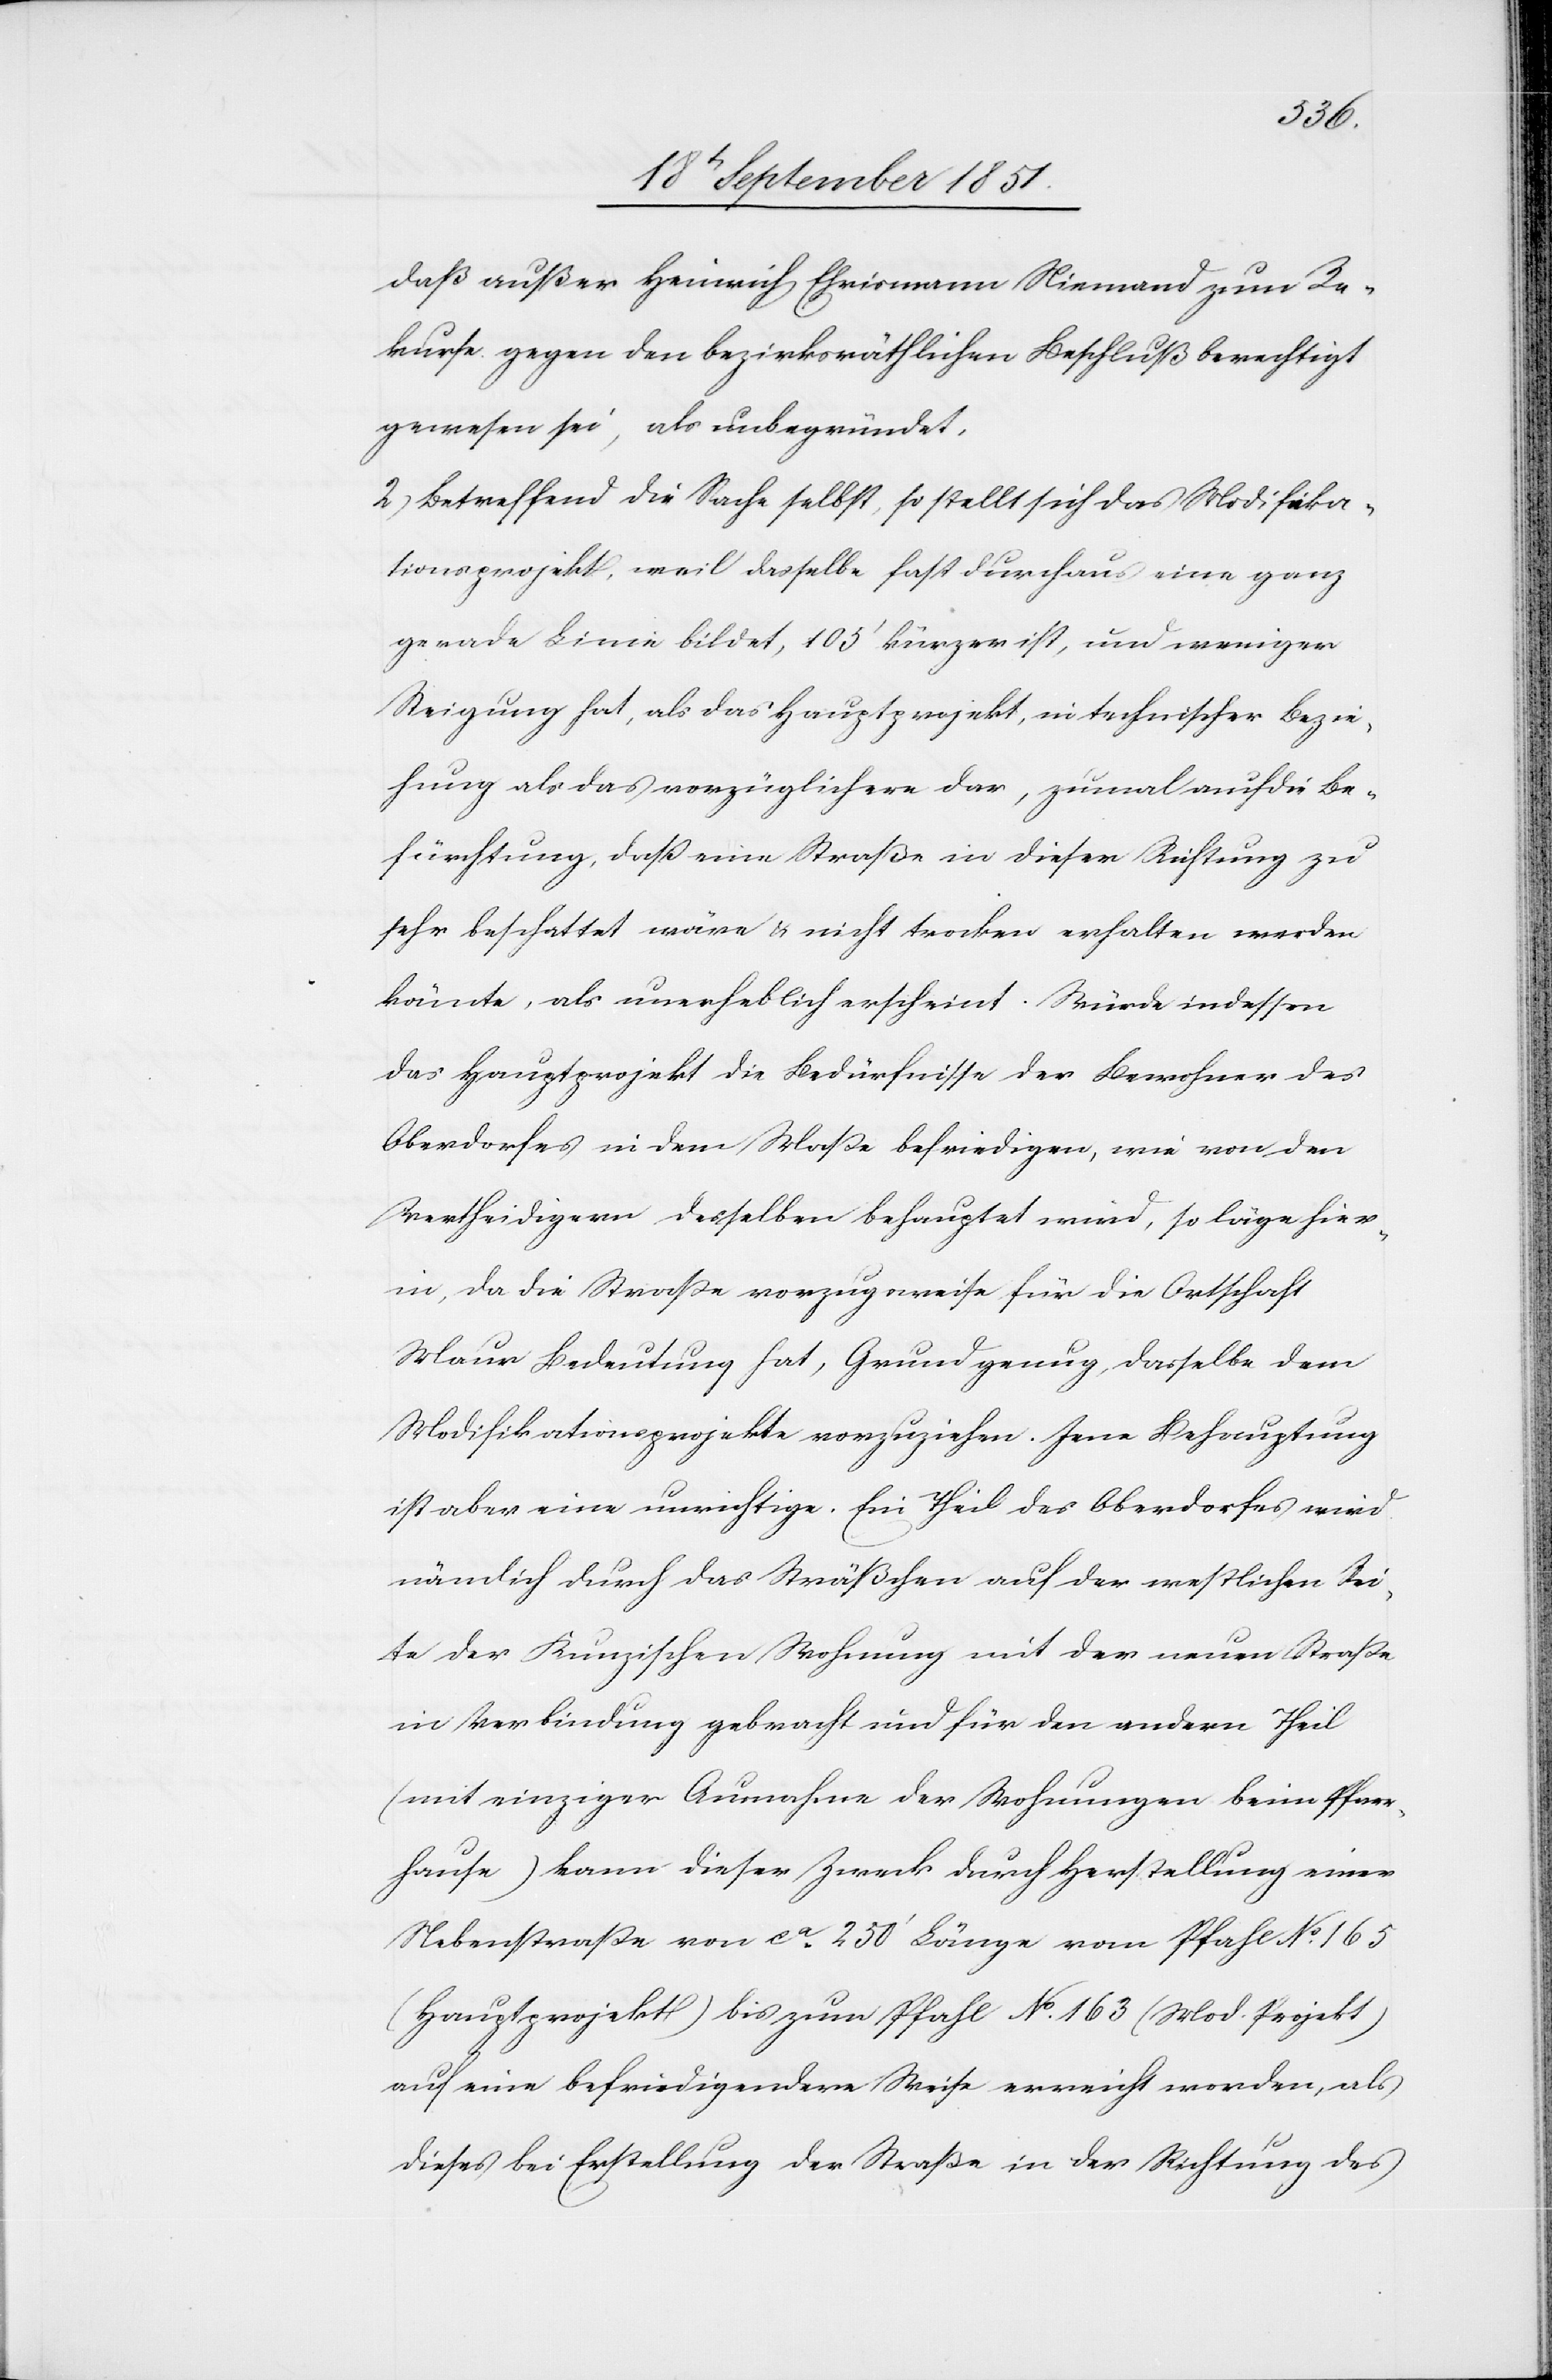
daß außer Heinrich Ehrismann Niemand zum Re¬
kurse gegen den bezirksräthlichen Beschluß berechtigt
gewesen sei, als unbegründet.
2) Betreffend die Sache selbst, so stellt sich das Modifika¬
tionsprojekt, weil dasselbe fast durchaus eine ganz
gerade Linie bildet, 105‘ kürzer ist, und weniger
Steigung hat, als das Hauptprojekt, in technischer Bezie¬
hung als das vorzüglichere dar, zumal auch die Be¬
fürchtung, daß eine Straße in dieser Richtung zu
sehr beschattet wäre & nicht trocken erhalten werden
könnte, als unerheblich erscheint. Würde indessen
das Hauptprojekt die Bedürfnisse der Bewohner des
Oberdorfes in dem Maße befriedigen, wie von den
Vertheidigern desselben behauptet wird, so läge hier¬
in, da die Straße vorzugsweise für die Ortschaft
Maur Bedeutung hat, Grund genug, dasselbe dem
Modifikationsprojekte vorzuziehen. Jene Behauptung
ist aber eine unrichtige. Ein Theil des Oberdorfes wird
nämlich durch das Sträßchen auf der westlichen Sei¬
te der Kunzischen Wohnung mit der neuen Straße
in Verbindung gebracht und für den andern Theil
(mit einziger Ausnahme der Wohnungen beim Pfarr¬
hause) kann dieser Zweck durch Herstellung einer
Nebenstraße von ca. 250‘ Länge vom Pfahl No. 165
(Hauptprojekt) bis zum Pfahl No. 163 (Mod. Projekt)
auf eine befriedigendere Weise erreicht werden, als
dieses bei Erstellung der Straße in der Richtung des